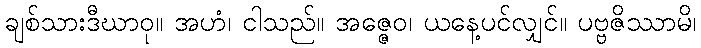
ချစ်သားဒီဃာဝု။ အဟံ၊ ငါသည်။ အဇ္ဇေဝ၊ ယနေ့ပင်လျှင်။ ပဗ္ဗဇိဿာမိ၊